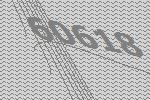
60618